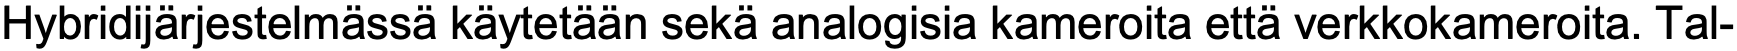
Hybridijärjestelmässä käytetään sekä analogisia kameroita että verkkokameroita. Tal-